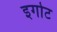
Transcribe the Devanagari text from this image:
इगोट